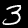
Label: 3